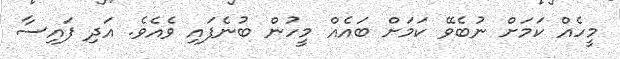
މީހެއް ކަމަށް ނުބެވޭ ކަމަށް ބައެއް މީހުން ބުނެފައި ވެއެވެ. އަދި ފައިސާ